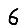
Digit: 6